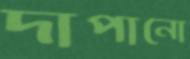
দাপানো